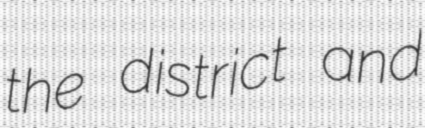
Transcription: the district and